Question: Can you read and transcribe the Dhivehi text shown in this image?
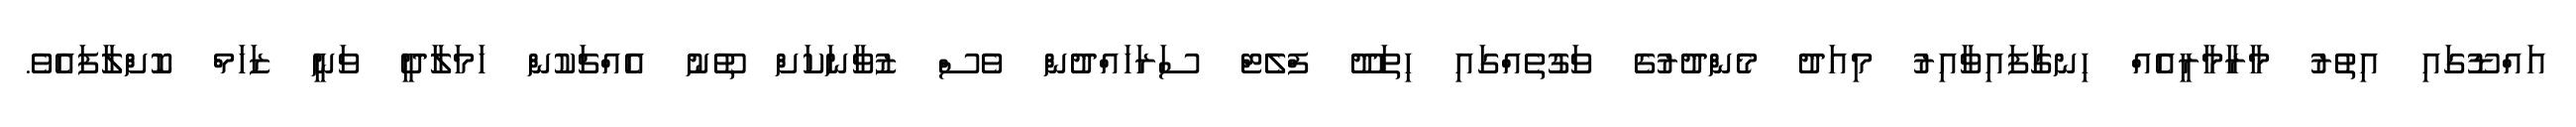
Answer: އައްޑޫގައި އިތުރު މާރާމާރީއެއް ހިނގާފައިވާއިރު މިއަދު މެންދުރުގެ ވަގުތެއްގައި ހިތަދޫ ފްލެޓް ސަރަހައްދުން ވެސް ޒުވާނަކަށް ތޫނު އެއްޗަކުން ހަމަލާދީ ވަނީ ޒަހަމް ކޮށްލާފައެވެ.